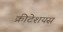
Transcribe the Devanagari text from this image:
क्रीटेशयस